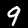
Label: 9